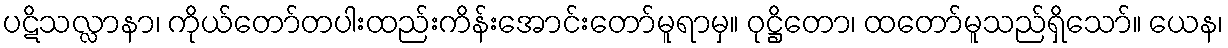
ပဋိသလ္လာနာ၊ ကိုယ်တော်တပါးထည်းကိန်းအောင်းတော်မူရာမှ။ ဝုဋ္ဌိတော၊ ထတော်မူသည်ရှိသော်။ ယေန၊